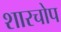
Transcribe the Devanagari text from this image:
शारचोप